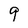
Character: 9